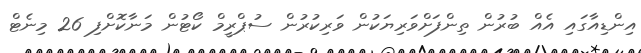
އިންޑިއާގައި އެއް ބުރުން ތިންފަށްވަރިޔަކުން ވަރިކުރުން ސުޕްރީމް ކޯޓުން މަނާކޮށްފި 26 މިނެޓް